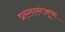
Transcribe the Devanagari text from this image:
प्रस्तरमंजूषा